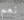
نعم